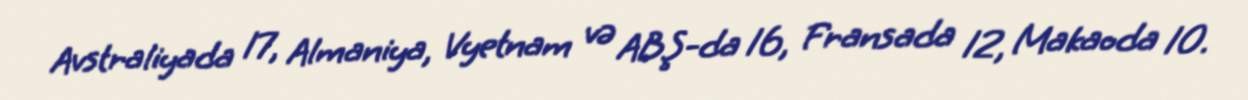
Avstraliyada 17, Almaniya, Vyetnam və ABŞ-da 16, Fransada 12, Makaoda 10.